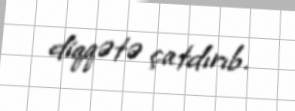
diqqətə çatdırıb.